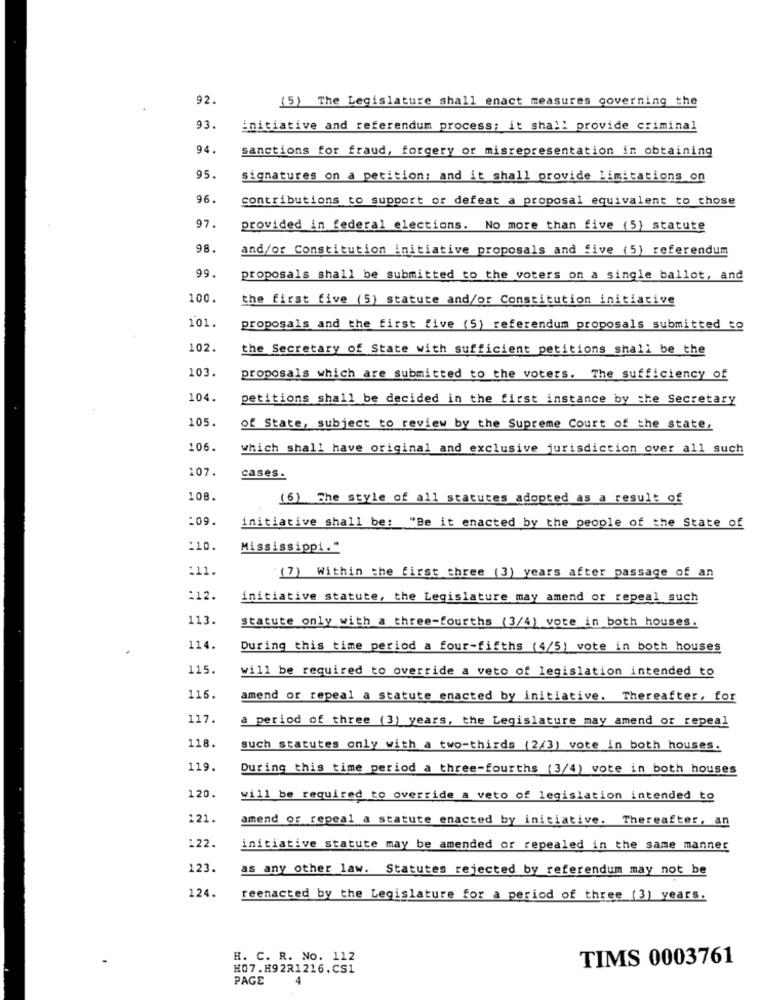
92.
(5) The Legislature shall enact measures governing the
93.
initiative and referendum process; it shall provide criminal
94
sanctions for fraud, forgery or misrepresentation in obtaining
95.
signatures on a petition: and it shall provide limitations on
96.
contributions to support or defeat a proposal equivalent to those
97.
provided in federal elections. No more than five (5) statute
98.
and/or Constitution initiative proposals and five (5) referendum
99.
proposals shall be submitted to the voters on a single ballot, and
100.
the first five (5) statute and/or Constitution initiative
101.
proposals and the first tive (5) referendum proposals submitted to
102.
the Secretary of State with sufficient petitions shall be the
103.
proposals which are submitted to the voters. The sufficiency of
104.
petitions shall be decided in the first instance by the Secretary
105.
of State, subject to review by the Supreme Court of the state,
106.
which shall have original and exclusive jurisdiction over all such
107.
cases.
108.
(6) The style of all statutes adopted as a result of
:09.
initiative shall be: "Be it enacted by the people of the State of
:10.
Mississippi."
:11.
(7) Within the first three (3) years after passage of an
:12.
initiative statute, the Legislature may amend or repeal such
113.
statute only with a three-fourths (3/4) vote in both houses.
114.
During this time period a four-fifths (4/5) vote in both houses
115.
will be required to override a veto of legislation intended to
116.
amend or repeal a statute enacted by initiative. Thereafter, for
117.
a period of three (3) years, the Legislature may amend or repeal
118.
such statutes only with a two-thirds (2/3) vote in both houses.
119.
During this time period a three-fourths (3/4) vote in both houses
120.
will be required to override a veto of legislation intended to
:21.
amend or repeal a statute enacted by initiative. Thereafter, an
122.
initiative statute may be amended or repealed in the same manner
123.
as any other law. Statutes rejected by referendum may not be
124.
reenacted by the Legislature for a period of three (3) years.
H. C. R. No. 112
TIMS 0003761
H07.H92R1216.CS1
PAGE
4